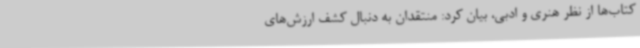
کتاب‌ها از نظر هنری و ادبی، بیان کرد: منتقدان به دنبال کشف ارزش‌های